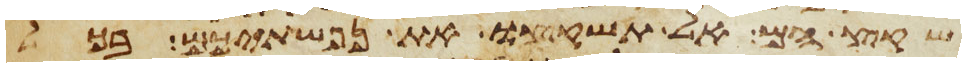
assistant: שקץ הם אל תשקצו את נפשתיכם בכל